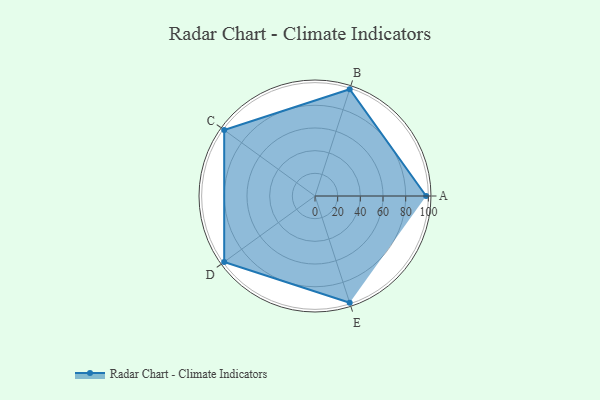
{"axis": {"x": "Skill", "y": "Score"}, "legend": ["Profile"], "data": [{"x": "A", "y": 98.0, "type": "Profile"}, {"x": "B", "y": 99, "type": "Profile"}, {"x": "C", "y": 99, "type": "Profile"}, {"x": "D", "y": 99, "type": "Profile"}, {"x": "E", "y": 99, "type": "Profile"}]}